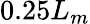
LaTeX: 0.25L_{m}